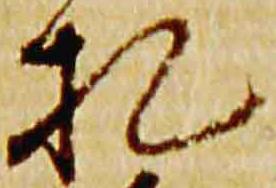
札